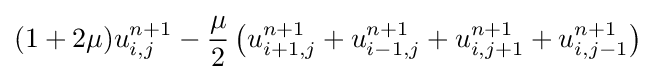
(1+2\mu )u_{i,j}^{n+1}-{\frac {\mu }{2}}\left(u_{i+1,j}^{n+1}+u_{i-1,j}^{n+1}+u_{i,j+1}^{n+1}+u_{i,j-1}^{n+1}\right)